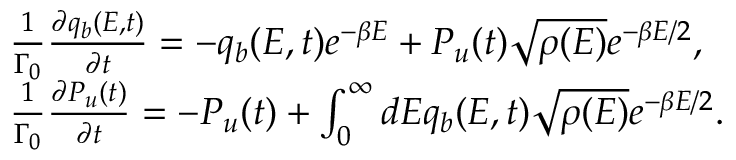
\begin{array} { r l } & { \frac { 1 } { \Gamma _ { 0 } } \frac { \partial q _ { b } ( E , t ) } { \partial t } = - q _ { b } ( E , t ) e ^ { - \beta E } + P _ { u } ( t ) \sqrt { \rho ( E ) } e ^ { - \beta E / 2 } , } \\ & { \frac { 1 } { \Gamma _ { 0 } } \frac { \partial P _ { u } ( t ) } { \partial t } = - P _ { u } ( t ) + \int _ { 0 } ^ { \infty } d E q _ { b } ( E , t ) \sqrt { \rho ( E ) } e ^ { - \beta E / 2 } . } \end{array}